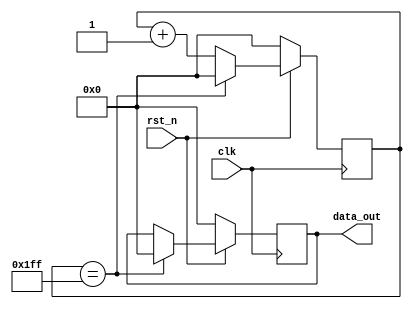
module  addr_1 (
						clk,
						rst_n,
						
						data_out
					  );
input clk;
input rst_n;

output reg [8:0] data_out;

reg [8:0] cnt;

always @(posedge clk)
begin
	if(!rst_n)
		cnt <= 9'd0;
	else if(cnt == 9'd511)
		cnt <= 9'd0;
	else		
		cnt <= cnt + 1'b1;
end

always @(posedge clk)
begin
	if(!rst_n)
		data_out <= 9'd0;
	else if(cnt == 9'd511)
		data_out <= 9'd0;
	else
		data_out <= data_out;
end

endmodule